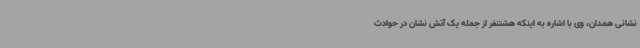
نشانی همدان، وی با اشاره به اینکه هشتنفر از جمله یک آتش نشان در حوادث